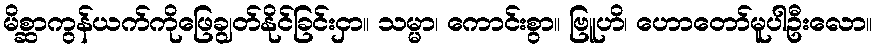
မိစ္ဆာကွန်ယက်ကိုဖြေချွတ်နိုင်ခြင်းငှာ။ သမ္မာ၊ ကောင်းစွာ။ ဗြူဟိ၊ ဟောတော်မူပါဦးလော။